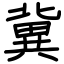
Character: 冀